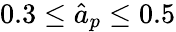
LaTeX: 0.3\leq\hat{a}_{p}\leq 0.5